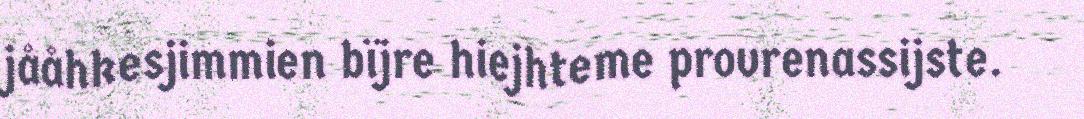
jååhkesjimmien bïjre hiejhteme provrenassijste.